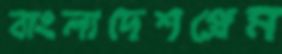
বাংলাদেশপ্রেম